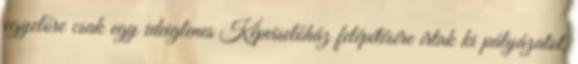
egyelőre csak egy ideiglenes Képviselőház felépítésére írtak ki pályázatot,